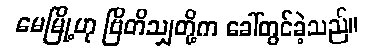
မေမြို့ဟု ဗြိတိသျှတို့က ခေါ်တွင်ခဲ့သည်။